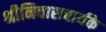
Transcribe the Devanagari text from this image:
श्रीनिवासचार्यके